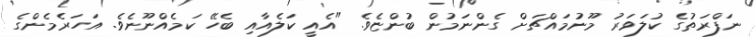
ނަފްރަތުގެ ކުލަވަރު މޫނުމައްޗަށް ގެންނަމުން ބުންޏެވެ. "އެއީ ކަލެއާއި ބެހޭ ކަމެއްނޫނެވެ. އަހަރެމެންގެ